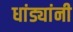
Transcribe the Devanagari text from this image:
धांड्यांनी